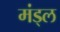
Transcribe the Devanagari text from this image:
मंड्ल